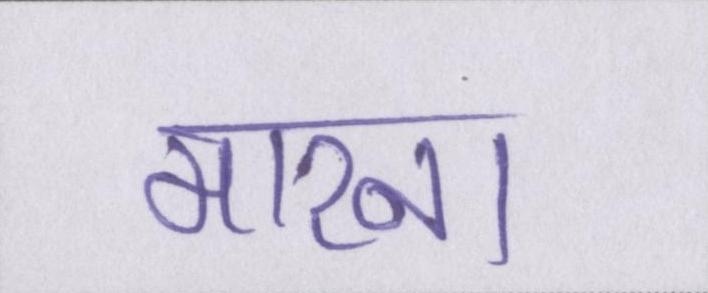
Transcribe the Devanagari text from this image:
मारना